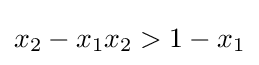
x_{2}-x_{1}x_{2}>1-x_{1}